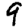
Digit: 9